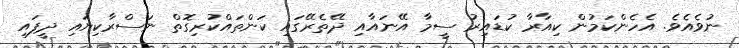
ނުވެއެވެ. އެހެންކަމުން ކިއާާާާރާ ކުޑައިރު ސީމާ އޭނައާއި ދޭތެރޭގައި ކަންތައްކުރިގޮތް ނަސްރާކިޔައި ދީފައި